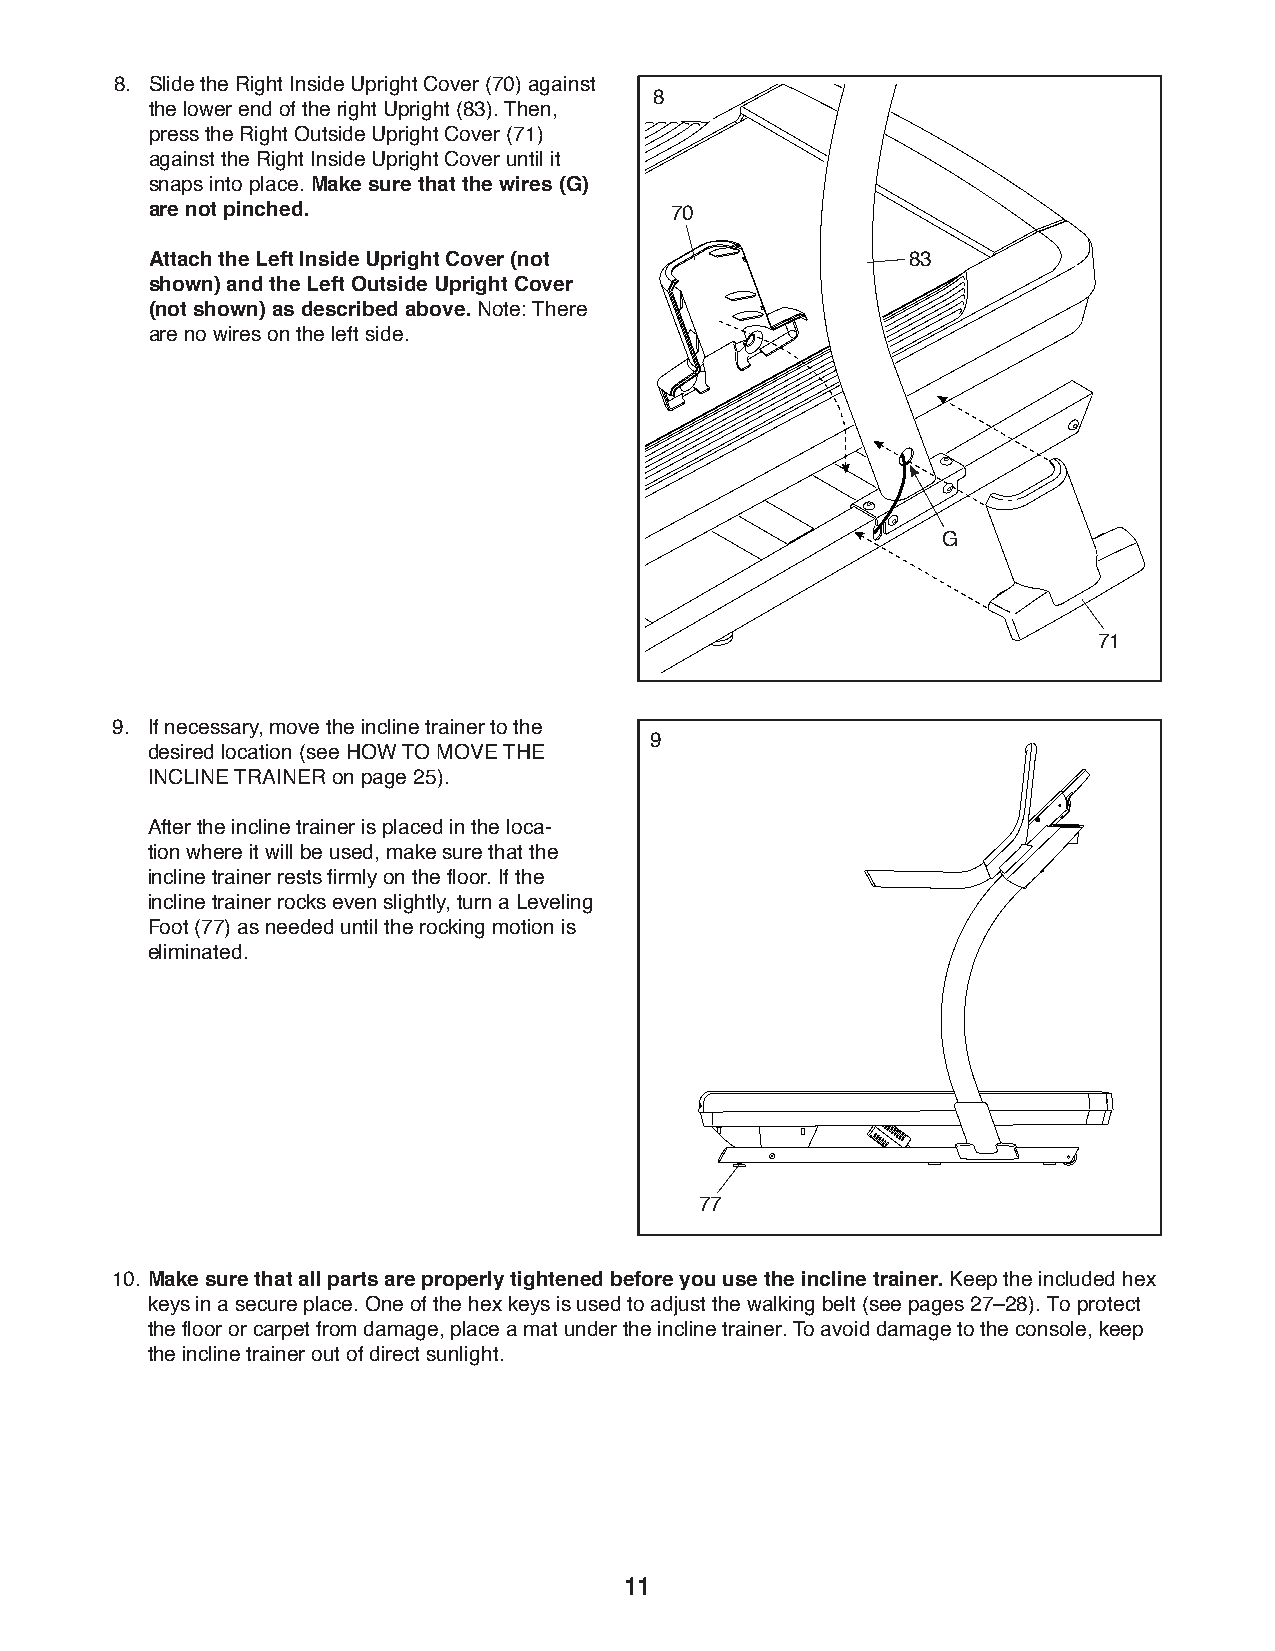
8. S lide the Right Inside Upright Cover (70) against
 8
 the lower end of the right Upright (83). Then,
 press the Right Outside Upright Cover (71)
 against the Right Inside Upright Cover until it
 snaps into place. Make sure that the wires (G)
 are not pinched.                  70
 A ttach the Left Inside Upright Cover (not        83
 shown) and the Left Outside Upright Cover
 (not shown) as described above. Note: There
 are no wires on the left side.
 G
 71
 9. I f necessary, move the incline trainer to the
 9
 desired location (see HOW TO MOVE THE
 INCLINE TRAINER on page 25).
 A fter the incline trainer is placed in the loca-
 tion where it will be used, make sure that the
 incline trainer rests firmly on the floor. If the
 incline trainer rocks even slightly, turn a Leveling
 Foot (77) as needed until the rocking motion is
 eliminated.
 77
 10. Make sure that all parts are properly tightened before you use the incline trainer. Keep the included hex
 keys in a secure place. One of the hex keys is used to adjust the walking belt (see pages 27–28). To protect
 the floor or carpet from damage, place a mat under the incline trainer. To avoid damage to the console, keep
 the incline trainer out of direct sunlight.
 11